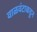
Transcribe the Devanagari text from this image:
वाळवंटाकडुन